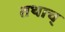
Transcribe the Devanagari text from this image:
तथाच्